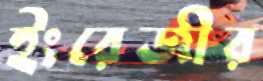
ইংরেজীর